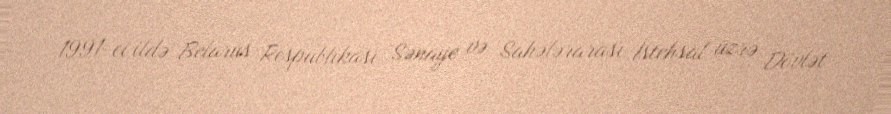
1991-ci ildə Belarus Respublikası Sənaye və Sahələrarası İstehsal üzrə Dövlət